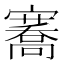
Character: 𭔣